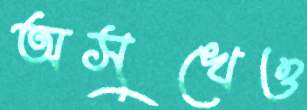
অসুখেও